Report on vaccination in Madras 1895-1903 - 1895-1903
Year: 1895
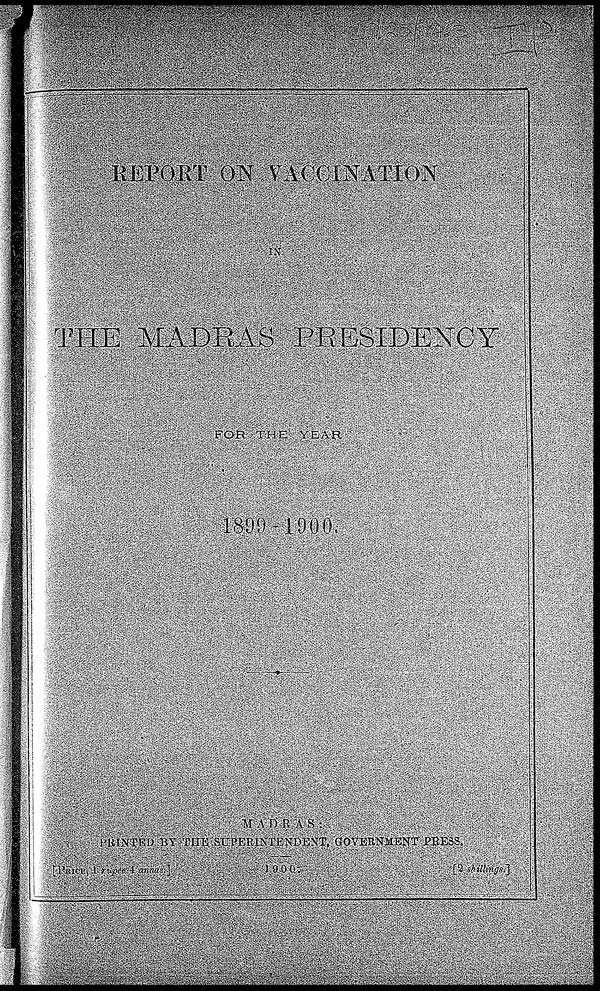
REPORT ON VACCINATION
IN
THE MADRAS PRESIDENCY
FOR THE YEAR
1899-1900.
MADRAS :
PRINTED BY THE SUPERINTENDENT, GOVERNMENT PRESS.
1900.
[PRICE, 1 rupee 4 annas.]
[2 shillings.]